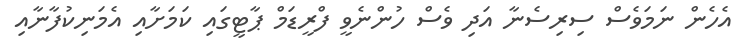
އެހެން ނަމަވެސް ސިރިސެނާ އަދި ވެސް ހުންނެވީ ފްރީޑަމް ޕާޓީގައި ކަމަށާއި އެމަނިކުފާނާއި